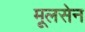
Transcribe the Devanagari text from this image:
मूलसेन